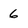
Character: 6